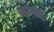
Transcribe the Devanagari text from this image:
कम्वहो